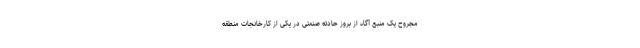
مجروح یک منبع آگاه از بروز حادثه صنعتی در یکی از کارخانجات منطقه